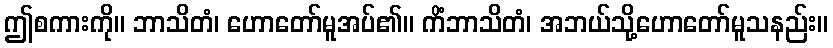
ဤစကားကို။ ဘာသိတံ၊ ဟောတော်မူအပ်၏။ ကိံဘာသိတံ၊ အဘယ်သို့ဟောတော်မူသနည်း။